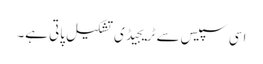
اسی سپیس سے ٹریجیڈی تشکیل پاتی ہے۔